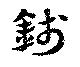
錢